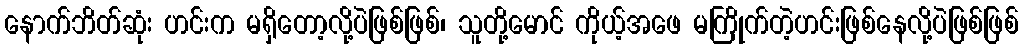
နောက်ဘိတ်ဆုံး ဟင်းက မရှိတော့လို့ပဲဖြစ်ဖြစ်၊ သူတို့မောင် ကိုယ့်အဖေ မကြိုက်တဲ့ဟင်းဖြစ်နေလို့ပဲဖြစ်ဖြစ်